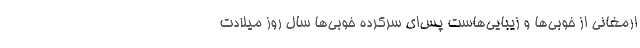
ارمغانی از خوبی‌ها و زیبایی‌هاست پس‌ای سرکرده خوبی‌ها سال روز میلادت